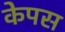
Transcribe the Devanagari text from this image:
केपस